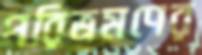
পরিভ্রমণের